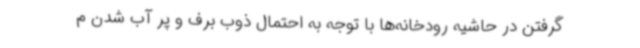
گرفتن در حاشیه رودخانه‌ها با توجه به احتمال ذوب برف و پر آب شدن م